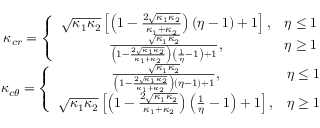
\begin{array} { c } { \kappa _ { c r } = \left\lbrace \begin{array} { c c } { \sqrt { \kappa _ { 1 } \kappa _ { 2 } } \left[ \left( 1 - \frac { 2 \sqrt { \kappa _ { 1 } \kappa _ { 2 } } } { \kappa _ { 1 } + \kappa _ { 2 } } \right) ( \eta - 1 ) + 1 \right] , } & { \eta \le 1 } \\ { \frac { \sqrt { \kappa _ { 1 } \kappa _ { 2 } } } { \left( 1 - \frac { 2 \sqrt { \kappa _ { 1 } \kappa _ { 2 } } } { \kappa _ { 1 } + \kappa _ { 2 } } \right) \left( \frac { 1 } { \eta } - 1 \right) + 1 } , } & { \eta \ge 1 } \end{array} \right. } \\ { \kappa _ { c \theta } = \left\lbrace \begin{array} { c c } { \frac { \sqrt { \kappa _ { 1 } \kappa _ { 2 } } } { \left( 1 - \frac { 2 \sqrt { \kappa _ { 1 } \kappa _ { 2 } } } { \kappa _ { 1 } + \kappa _ { 2 } } \right) ( \eta - 1 ) + 1 } , } & { \eta \le 1 } \\ { \sqrt { \kappa _ { 1 } \kappa _ { 2 } } \left[ \left( 1 - \frac { 2 \sqrt { \kappa _ { 1 } \kappa _ { 2 } } } { \kappa _ { 1 } + \kappa _ { 2 } } \right) \left( \frac { 1 } { \eta } - 1 \right) + 1 \right] , } & { \eta \ge 1 } \end{array} \right. } \end{array}